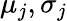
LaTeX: \mu_{j},\sigma_{j}